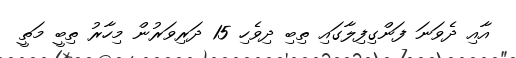
އާއި ދެވަނަ ފަންގިފިލާގައި ތިބި ދިވެހި 15 ދަރިވަރުން މިހާރު ތިބީ މަތީ